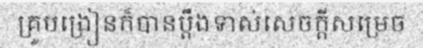
គ្រូបង្រៀនក៏បានប្តឹងទាស់សេចក្តីសម្រេច